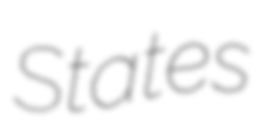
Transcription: States